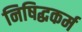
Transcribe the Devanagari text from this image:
निषिद्धकर्म